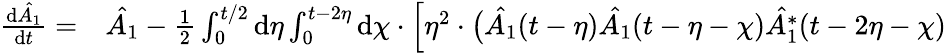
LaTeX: \begin{array}{rl}{\frac{\mathrm{d}\hat{A_{1}}}{\mathrm{d}t}=}&{{}\hat{A_{1}}-\frac{1}{2}\int_{0}^{t/2}\mathrm{d}\eta\int_{0}^{t-2\eta}\mathrm{d}\chi\cdot\Bigl[\eta^{2}\cdot\bigl(\hat{A_{1}}(t-\eta)\hat{A_{1}}(t-\eta-\chi)\hat{A_{1}^{*}}(t-2\eta-\chi)}\end{array}